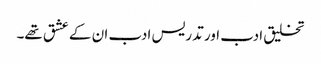
تخلیق ادب اور تدریس ادب ان کے عشق تھے۔